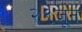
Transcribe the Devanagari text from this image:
२९जून